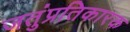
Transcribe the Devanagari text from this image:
जतुंप्रतिकारक